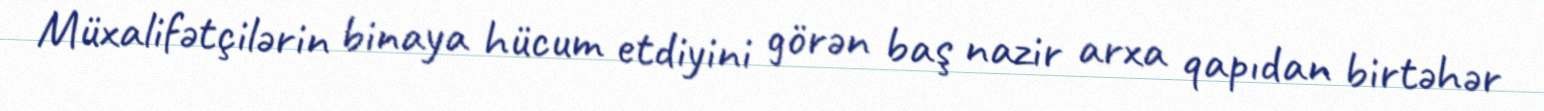
Müxalifətçilərin binaya hücum etdiyini görən baş nazir arxa qapıdan birtəhər